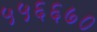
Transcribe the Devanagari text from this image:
५५६६७०